Report on the working of the Ranchi Indian Mental Hospital, Kanke, in Bihar and Orissa - 1930-1940
Year: 1930
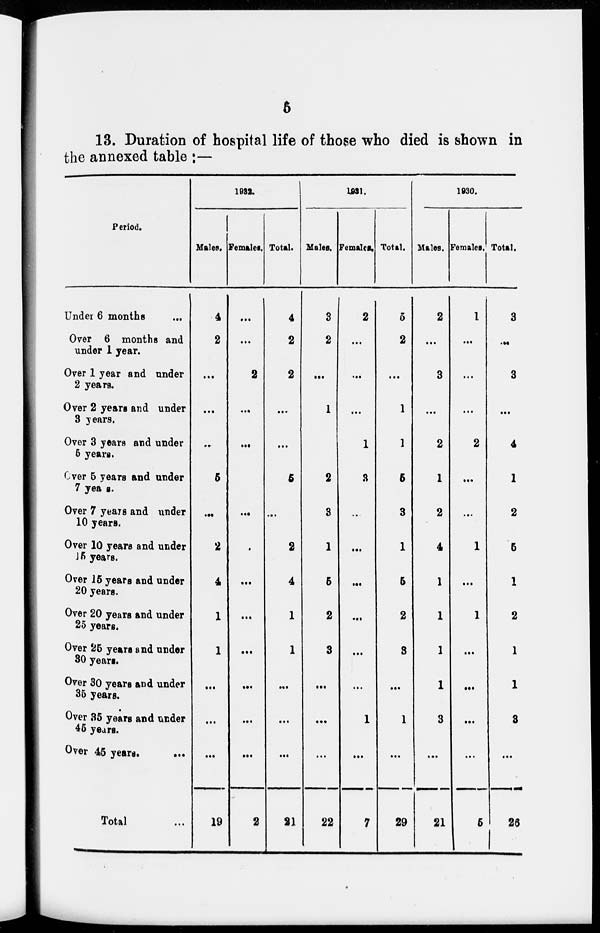
5
13. Duration of hospital life of those who died is shown in
the annexed table :—
Period.
Under 6 months ...
Over 6 months and
under 1 year.
Over 1 year and under
2 years.
Over 2 years and under
3 years.
Over 3 years and under
6 years.
Over 5 years and under
7 years.
Over 7 years and under
10 years.
Over 10 years and under
15 years.
Over 15 years and under
20 years.
Over 20 years and under
25 years.
Over 25 years and under
30 years.
Over 30 years and under
35 years.
Over 35 years and under
45 years.
Over 45 years.
Total ...
1932.
Males.
4
2
...
...
...
5
...
2
4
1
1
...
...
...
19
Females.
...
...
2
...
...
...
...
...
...
...
...
...
...
...
2
Total.
4
2
2
...
...
5
...
2
4
1
1
...
...
...
21
1931.
Males.
3
2
...
1
2
3
1
6
2
3
...
...
...
22
Females.
2
...
...
...
1
3
...
...
...
...
...
...
1
...
7
Total.
5
2
...
1
1
5
3
1
6
2
3
...
1
...
29
1930.
Males.
2
...
3
...
2
1
2
4
...
1
1
1
3
...
21
Females.
1
...
...
...
2
...
...
1
...
1
...
...
...
...
5
Total.
3
...
3
...
4
1
2
5
1
2
1
1
3
...
26